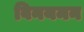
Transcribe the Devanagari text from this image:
विनयमन